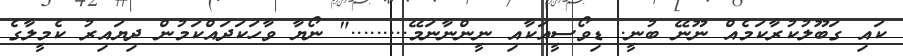
ކައި ގަބޫލުކުރާކަމެއް ނޫނޭ ބުނީ. ޑިވޯސީއަކާއި ނީންނާނަމޭ........." ނޯޔާ ވާހަކަދައްކަމުން ދިޔައިރު ކެމީލާގެ